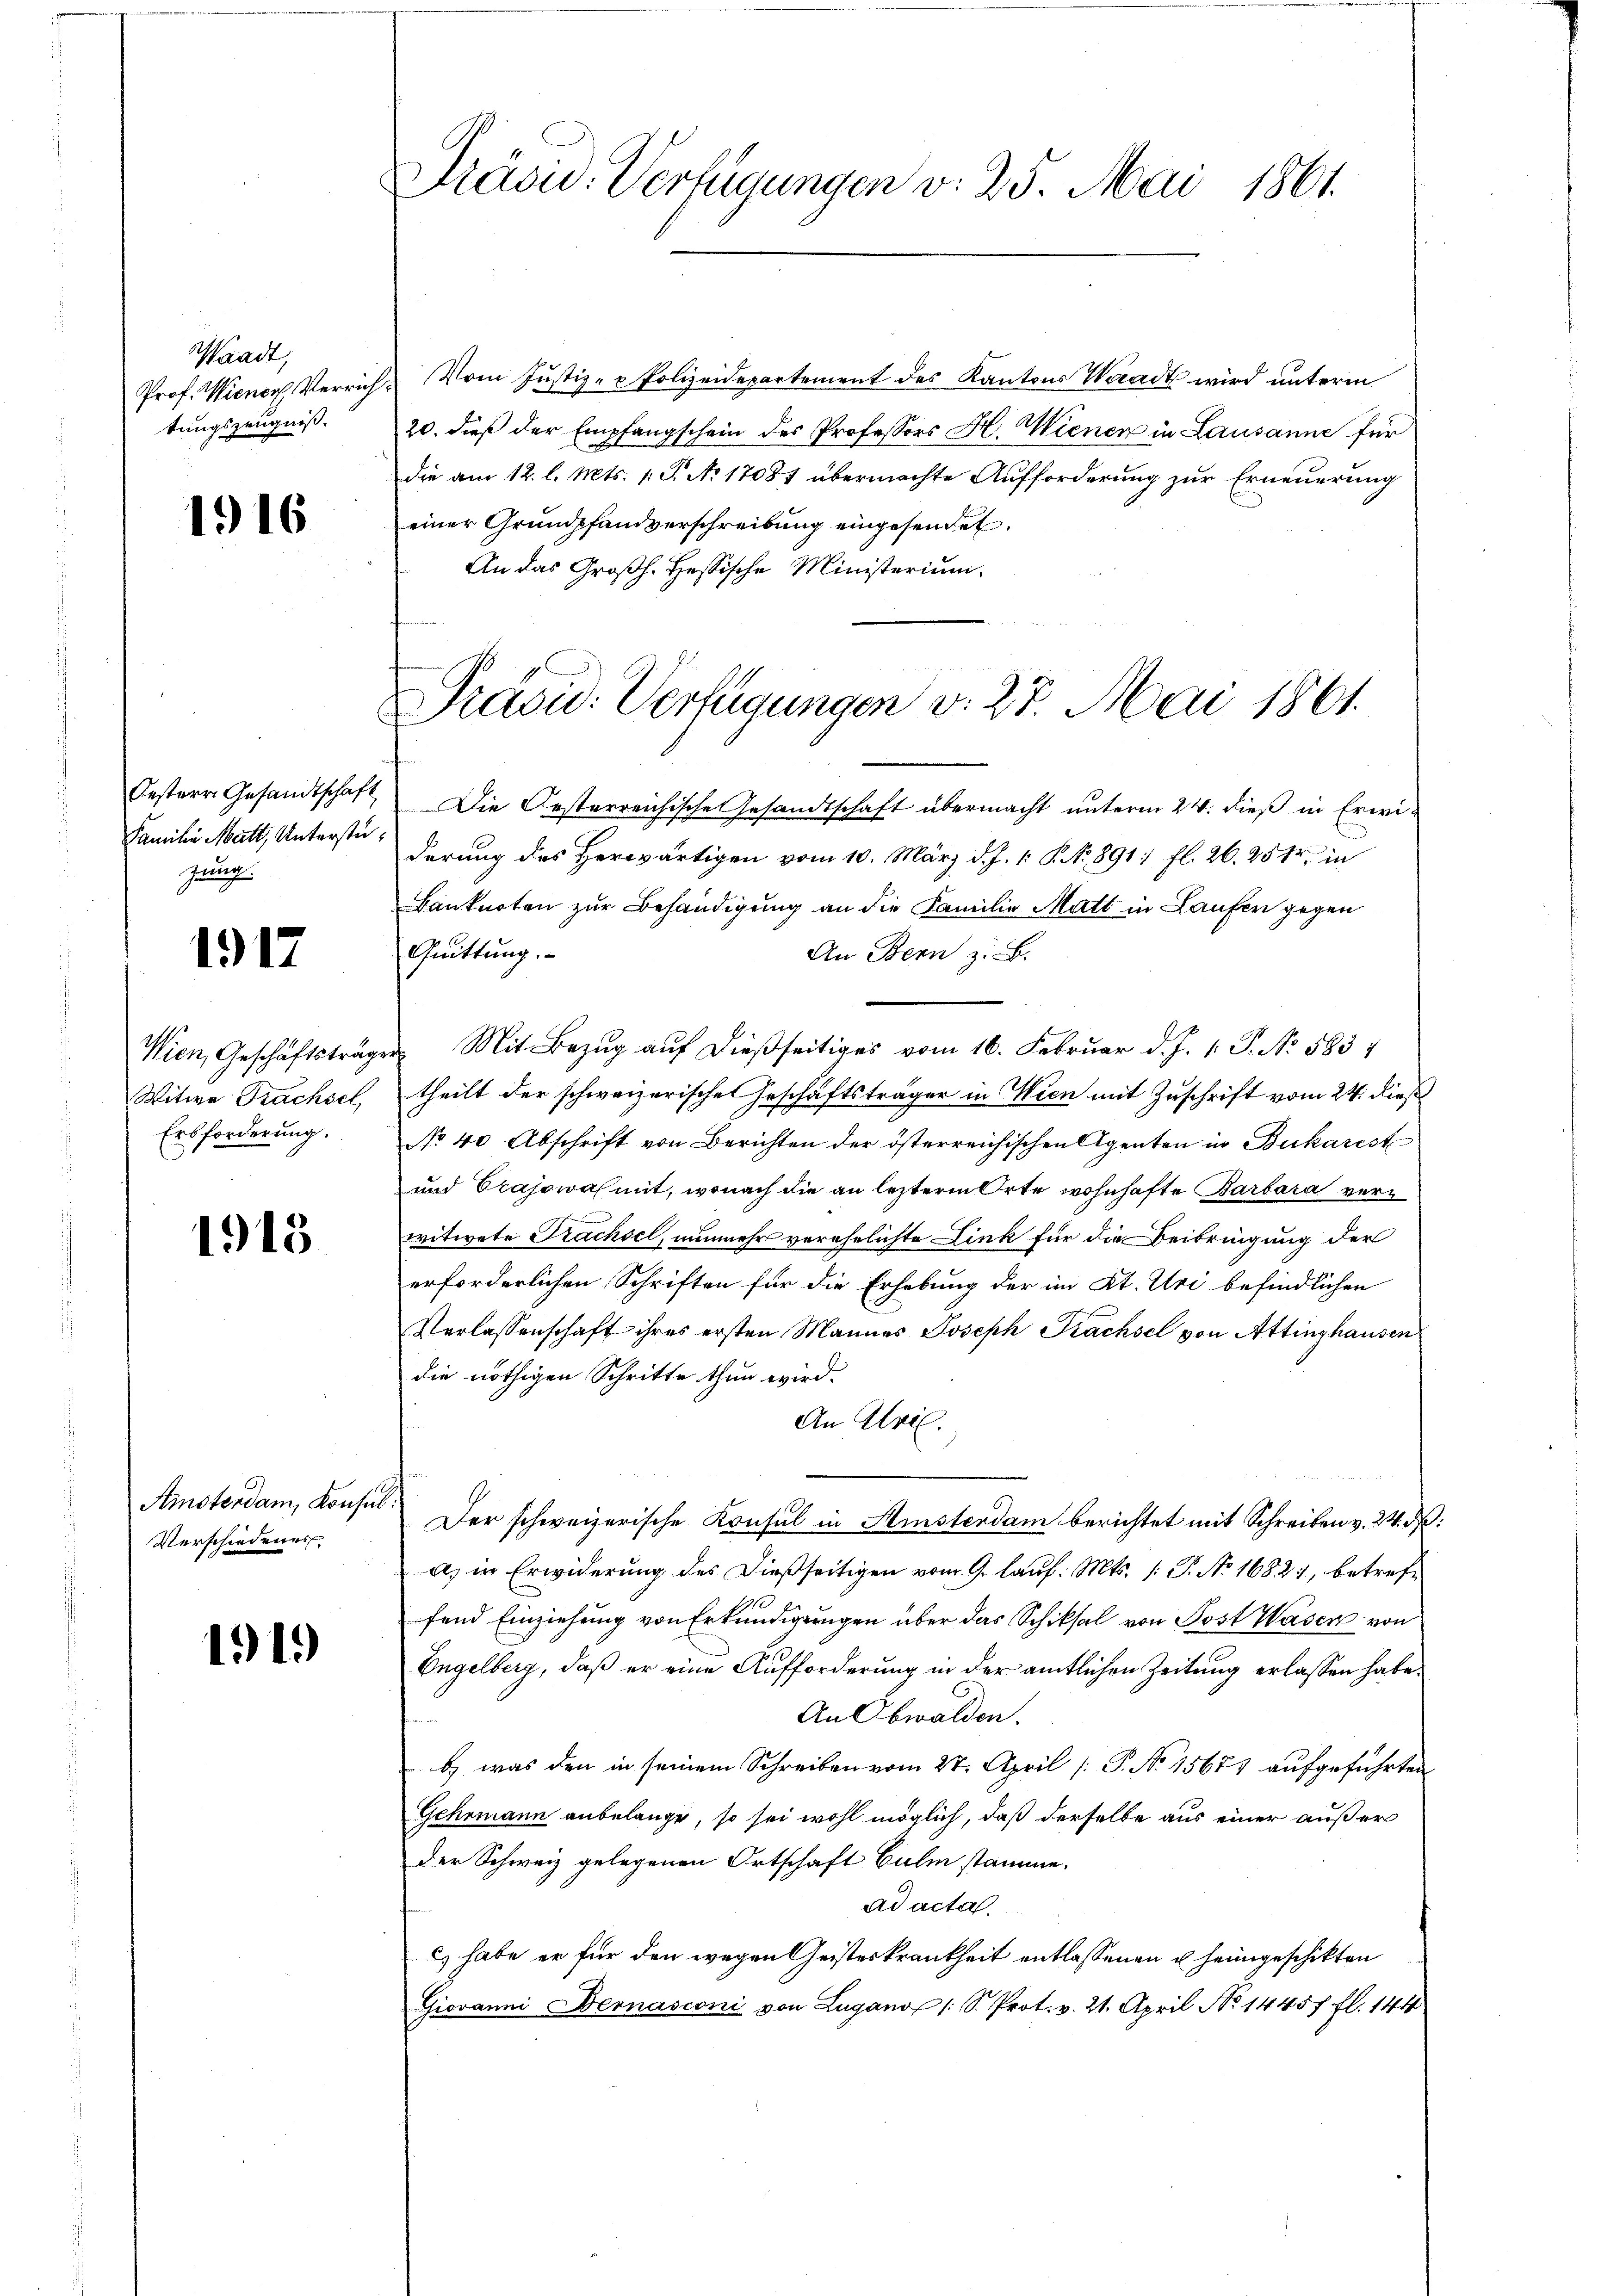
Waadt,
tungszeugniß.

1916

Oestern Gesandtschaft
Familie Matt, Unterstüzung.

1917

Wien, Geschäftsträg
Witwe Trachsel,
Erbforderung.

1915

Amsterdam, Konsu
Verschiedenes

1919)

Präsid. Verfügungen v. 25. Mai 1861.

Prof. Wiener Verrich. Vom Justiz- & Polizeidepartement des Kantons Waadt wird unterm
20. dieß der Empfangschein des Professors H. Wienen in Lausanne für
die am 12. l. Mts. 1. P. No 17087 übermachte Aufforderung zur Erneuerung
einer Grundpfandverschreibung eingesendet.
An das Großh. Hessische Ministerium.

Præsid. Verfügungen v. 27. Mai 1861.

Die Gesterreichische Gesandtschaft übermacht unterm 24. dieß in Erwiderung des Herwärtigen vom 10. März d. J. 1. P. Nr. 891. fl. 26. 2514. in
Banknoten zur Behändigung an die Familie Matt in Laufen gegen
Quittung.
An Bern z. B.
Mit Bezug auf dießseitiges vom 16. Februar d. J. 1. P. No. 5837
theilt der schweizerische Geschäftsträger in Wien mit Zuschrift vom 24. dieß
No 40 Abschrift von Berichten der österreichischen Agenten in Bukarest
und Erajowas mit, wonach die an lezterm Orte wohnhafte Barbara verwitwete Prachsel, nunmehr verehelichte Link für die Beibringung der
erforderlichen Schriften für die Erhebung der im Kt. Uri befindlichen
Verlassenschaft ihres ersten Mannes Joseph Prachsel von Attinghausen
die nöthigen Schritte thun wird.
An Ulri
Der schweizerische Konsul in Ministerdam berichtet mit Schreiben v. 24. d.
a) in Erwiderung des Dießseitigen vom 9. lauf. Mts. 1. P. No 1682), betreffend Einziehung von Erkundigungen über das Schiksal von Post Wasen von
Engelberg, daß er eine Aufforderung in der amtlichen Zeitung erlassen habe.
An Obwalden.
b was den in seinem Schreiben vom 27. April [ P. Nr. 15677 aufgeführten
Gehrmann anbelange, so sei wohl möglich, daß derselbe aus einer außer
der Schweiz gelegenen Ortschaft Culm stamme.
ad acta.
2) habe er für den wegen Geisteskrankheit entlassenen u heimgeschikten
Giovanni Bernasconi von Lugano (: S. Prot. v. 21. April No 14457. fl. 144